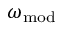
\omega _ { \mathrm { m o d } }